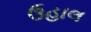
ઉહાલ